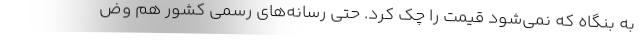
به بنگاه که نمی‌شود قیمت را چک کرد. حتی رسانه‌های رسمی کشور هم وض